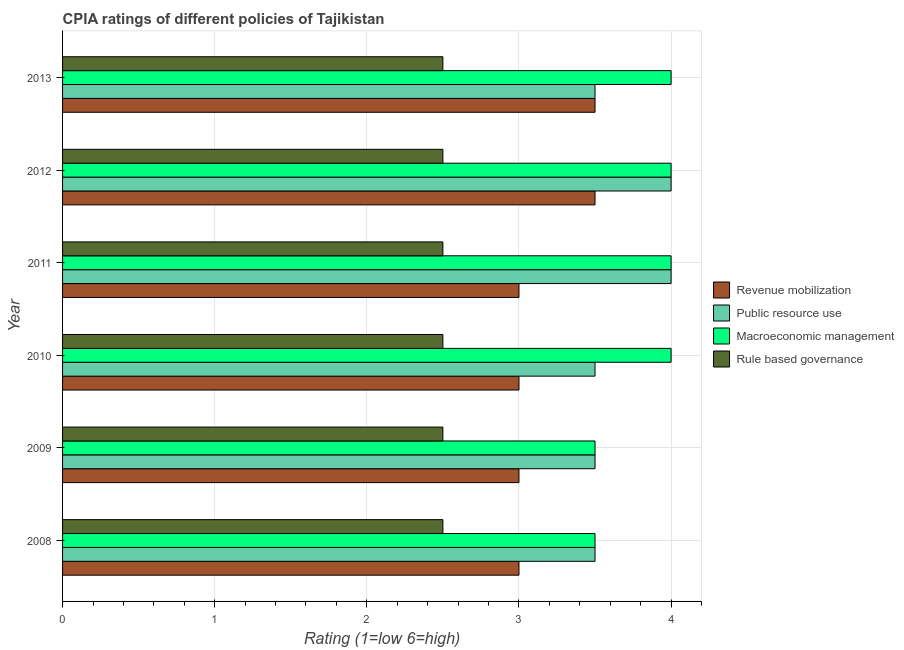
| Year | Revenue mobilization | Public resource use | Macroeconomic management | Rule based governance |
 | --- | --- | --- | --- | --- |
 | 2008 | 3 | 3.5 | 3.5 | 2.5 |
 | 2009 | 3 | 3.5 | 3.5 | 2.5 |
 | 2010 | 3 | 3.5 | 4 | 2.5 |
 | 2011 | 3 | 4 | 4 | 2.5 |
 | 2012 | 3.5 | 4 | 4 | 2.5 |
 | 2013 | 3.5 | 3.5 | 4 | 2.5 |